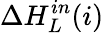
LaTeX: \Delta H_{L}^{in}(i)